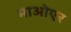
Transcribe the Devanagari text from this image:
माओएर